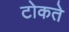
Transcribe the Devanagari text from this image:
टोकते